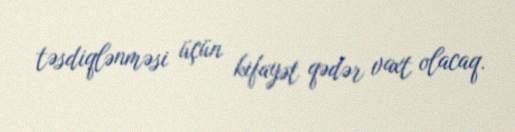
təsdiqlənməsi üçün kifayət qədər vaxt olacaq.